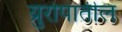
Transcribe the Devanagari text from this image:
य्रुरोपातील